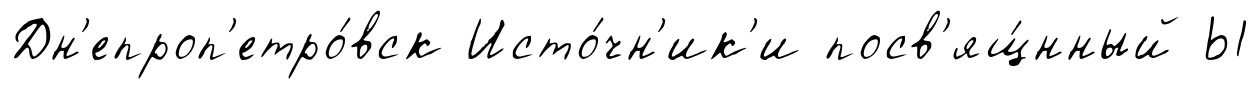
Дн'епроп'етро́вск Исто́чн'ик'и посв'ящ́нный Ы